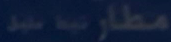
مطار-بند